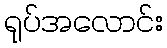
ရုပ်အလောင်း